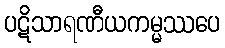
ပဋိသာရဏီယကမ္မဿပေ